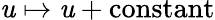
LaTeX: \mathit{u}\mapsto\mathit{u}+\mathrm{{constant}}